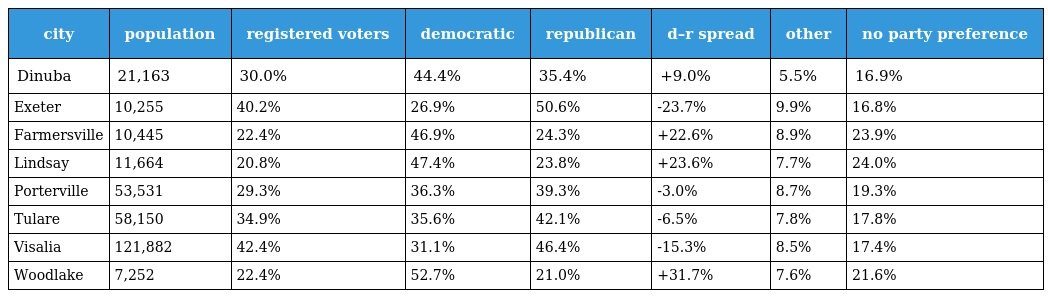
| city | population | registered voters | democratic | republican | d–r spread | other | no party preference |
 | --- | --- | --- | --- | --- | --- | --- | --- |
 | Dinuba | 21,163 | 30.0% | 44.4% | 35.4% | +9.0% | 5.5% | 16.9% |
 | Exeter | 10,255 | 40.2% | 26.9% | 50.6% | -23.7% | 9.9% | 16.8% |
 | Farmersville | 10,445 | 22.4% | 46.9% | 24.3% | +22.6% | 8.9% | 23.9% |
 | Lindsay | 11,664 | 20.8% | 47.4% | 23.8% | +23.6% | 7.7% | 24.0% |
 | Porterville | 53,531 | 29.3% | 36.3% | 39.3% | -3.0% | 8.7% | 19.3% |
 | Tulare | 58,150 | 34.9% | 35.6% | 42.1% | -6.5% | 7.8% | 17.8% |
 | Visalia | 121,882 | 42.4% | 31.1% | 46.4% | -15.3% | 8.5% | 17.4% |
 | Woodlake | 7,252 | 22.4% | 52.7% | 21.0% | +31.7% | 7.6% | 21.6% |